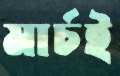
মার্চই